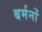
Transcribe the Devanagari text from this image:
बर्मनों